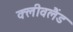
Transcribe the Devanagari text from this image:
क्‍लीवलैंड